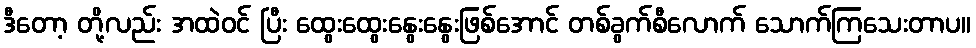
ဒီတော့ တို့လည်း အထဲဝင် ပြီး ထွေးထွေးနွေးနွေးဖြစ်အောင် တစ်ခွက်စီလောက် သောက်ကြသေးတာပ။